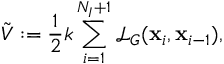
\Tilde { V } : = \frac { 1 } { 2 } k \sum _ { i = 1 } ^ { N _ { I } + 1 } \mathcal L _ { G } ( \mathbf x _ { i } , \mathbf x _ { i - 1 } ) ,